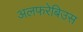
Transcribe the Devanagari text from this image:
अलफरेबिउस